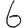
Digit: 6